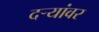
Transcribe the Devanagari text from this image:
दऱ्यांवर